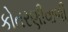
કોતરણીવાળી